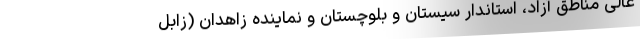
عالی مناطق آزاد، استاندار سیستان و بلوچستان و نماینده زاهدان (زابل